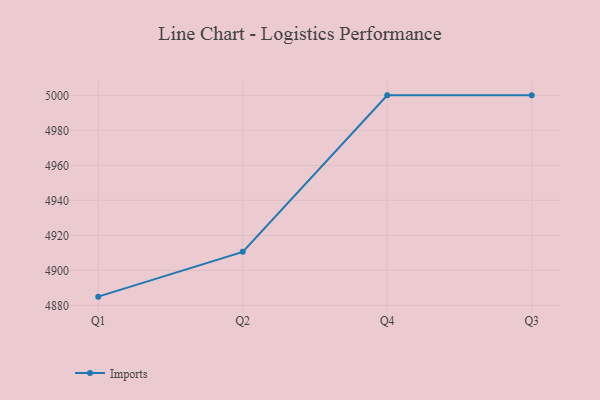
{"axis": {"x": "Quarter", "y": "Satisfaction Score"}, "legend": ["Imports"], "data": [{"x": "Q1", "y": 4885.0, "type": "Imports"}, {"x": "Q2", "y": 4910.6, "type": "Imports"}, {"x": "Q4", "y": 5000, "type": "Imports"}, {"x": "Q3", "y": 5000, "type": "Imports"}]}